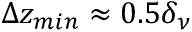
\Delta z _ { m i n } \approx 0 . 5 \delta _ { \nu }